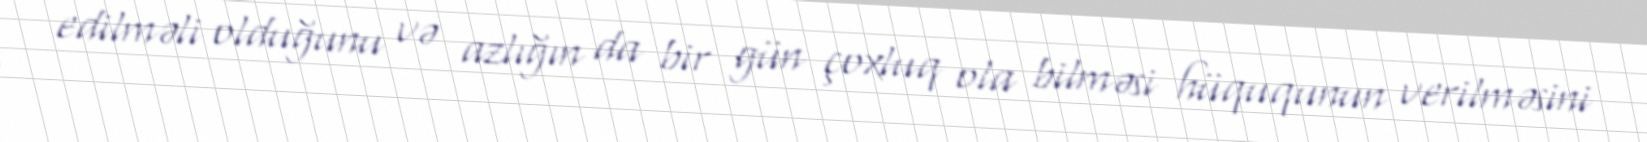
edilməli olduğunu və azlığın da bir gün çoxluq ola bilməsi hüququnun verilməsini